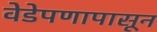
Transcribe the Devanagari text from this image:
वेडेपणापासून